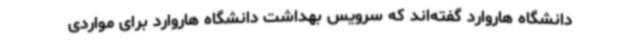
دانشگاه هاروارد گفته‌اند که سرویس بهداشت دانشگاه هاروارد برای مواردی